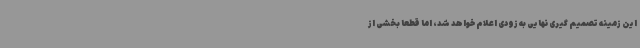
این زمینه تصمیم گیری نهایی به زودی اعلام خواهد شد، اما قطعا بخشی از